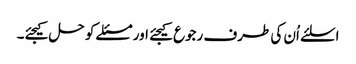
اسلئے اُن کی طرف رجوع کیجئے اور مسئلے کو حل کیجئے۔